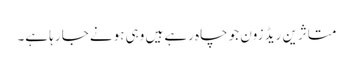
متاثرین ریڈ زون جو چاہ رہے ہیں وہی ہونے جا رہا ہے۔